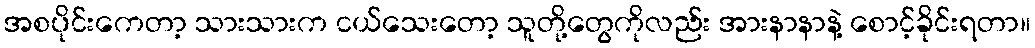
အစပိုင်းကေတာ့ သားသားက ငယ်သေးတော့ သူတို့တွေကိုလည်း အားနာနာနဲ့ စောင့်ခိုင်းရတာ။